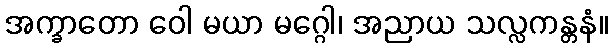
အက္ခာတော ဝေါ မယာ မဂ္ဂေါ၊ အညာယ သလ္လကန္တနံ။